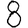
Digit: 8